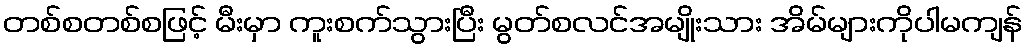
တစ်စတစ်စဖြင့် မီးမှာ ကူးစက်သွားပြီး မွတ်စလင်အမျိုးသား အိမ်များကိုပါမကျန်